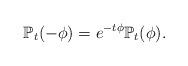
LaTeX: \begin{align*}\mathbb P_t (- \phi ) = e^{-t \phi } \mathbb P_t (\phi). \end{align*}